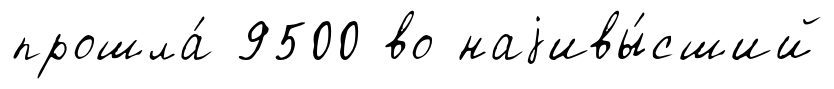
прошла́ 9500 во наjивы́сший